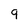
Character: 9